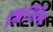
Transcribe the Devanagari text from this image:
ग्रिन्डिंग